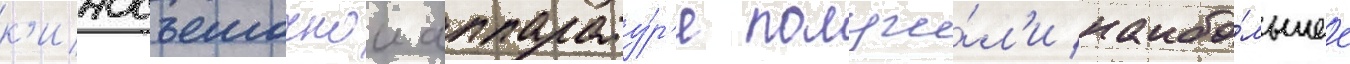
к'иносъемочнои аппарату́р'е получи́л'и наибо́льшее